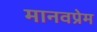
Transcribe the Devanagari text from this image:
मानवप्रेम